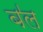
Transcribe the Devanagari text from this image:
ब॑ल